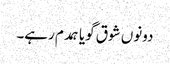
دونوں شوق گویا ہمدم رہے۔